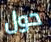
حول